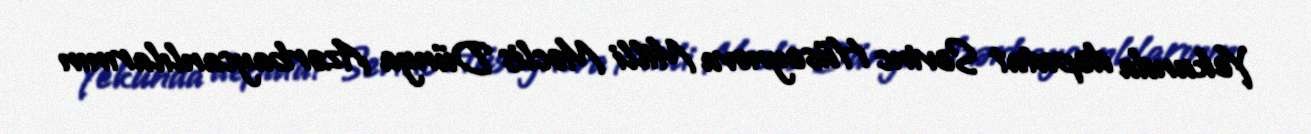
Yekunda deputat Sevinc Hüseynova Milli Məclis Dünya Azərbaycanlılarının